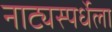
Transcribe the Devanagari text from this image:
नाट्यस्पर्धेला